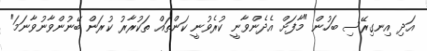
އަދި އިނގިރޭސި ބަހުން "މާފަށް އެދެންވާނީ ކުރެވުނީ ކަންތައް ތަކުރާރު ކުރަން ބޭނުންވާނުވާނަމަ"